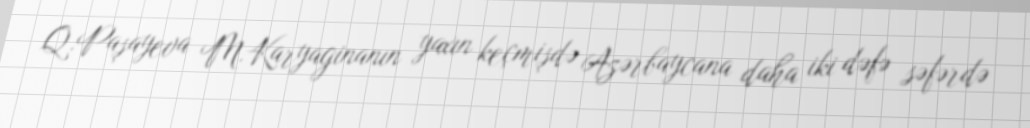
Q.Paşayeva M.Karyaginanın yaxın keçmişdə Azərbaycana daha iki dəfə səfərdə